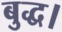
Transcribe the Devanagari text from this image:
बुद्ध।